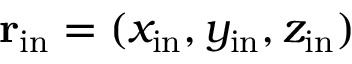
{ \bf r } _ { \mathrm { i n } } = ( x _ { \mathrm { i n } } , y _ { \mathrm { i n } } , z _ { \mathrm { i n } } )